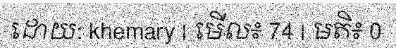
ដោយ: khemary | មើល៖ 74 | មតិ៖ 0